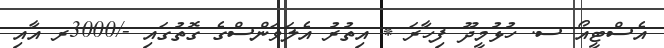
އެސްޓީއޯ ސ. ހުޅުމީދޫ ފިހާރަ * އިތުރު އެލަވަންސްގެ ގޮތުގައި -/3000ރ އާއި